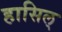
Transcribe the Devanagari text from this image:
हासिल्